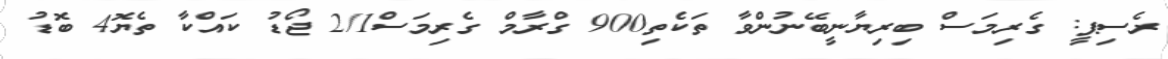
ރެސިޕީ: ގެރިމަސް ބިރިޔާނީބޭނުންވާ ތަކެތި900 ގްރާމް ގެރިމަސް2/1 ޖޯޑު ކައްކާ ތެޔޮ4 ބޮޑު